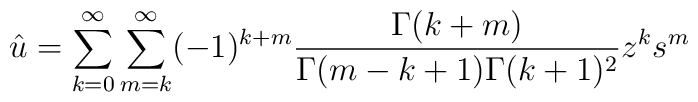
{\hat u}=\sum_{k=0}^{\infty}\sum_{m=k}^{\infty}(-1)^{k+m}\frac{\Gamma(k+m)}{\Gamma(m-k+1)\Gamma(k+1)^2}z^k s^m